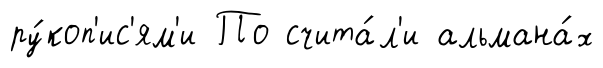
ру́коп'ис'ям'и По счита́л'и альмана́х